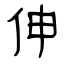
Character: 伸